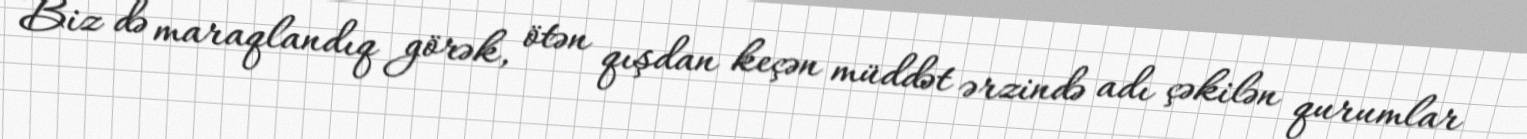
Biz də maraqlandıq görək, ötən qışdan keçən müddət ərzində adı çəkilən qurumlar